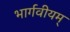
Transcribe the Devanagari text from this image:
भार्गवीयम्